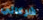
شركائي